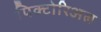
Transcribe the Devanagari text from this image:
पिक्टोरिअल